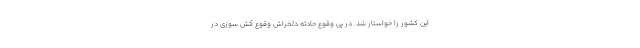
این کشور را خواستار شد. در پی وقوع حادثه دلخراش وقوع آتش سوزی در